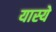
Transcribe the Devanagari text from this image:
यास्ये